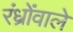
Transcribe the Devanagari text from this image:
रंध्रोंवाले